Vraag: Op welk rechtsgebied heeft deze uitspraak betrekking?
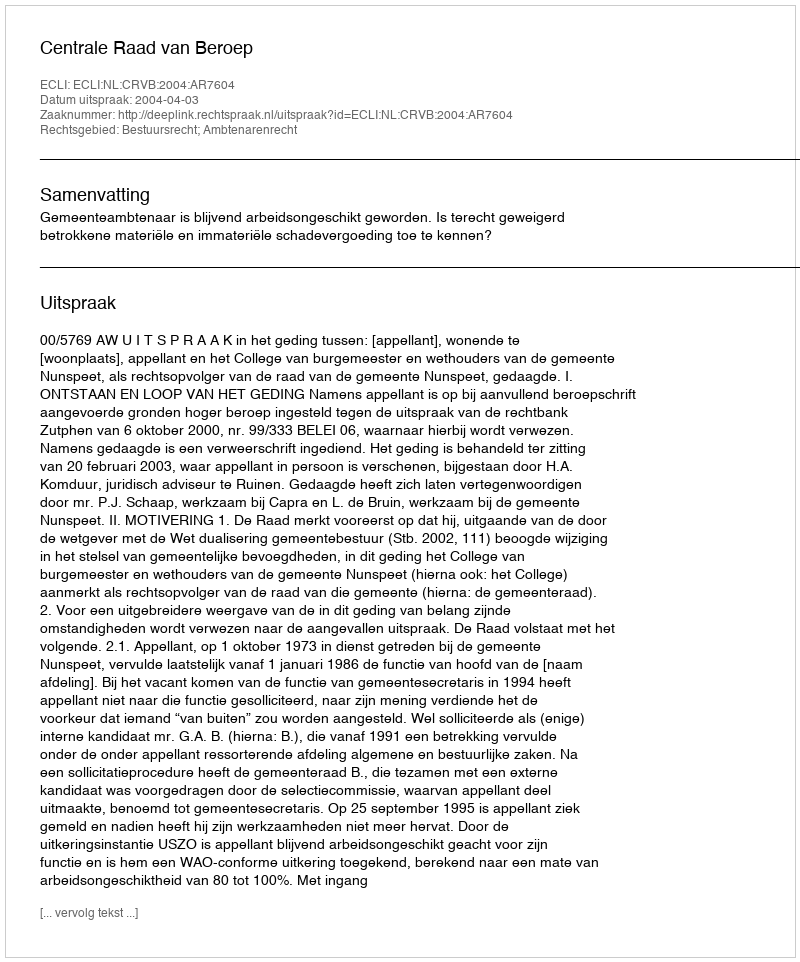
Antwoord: Bestuursrecht; Ambtenarenrecht